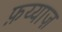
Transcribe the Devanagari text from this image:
फ़य्याज़